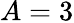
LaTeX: A=3